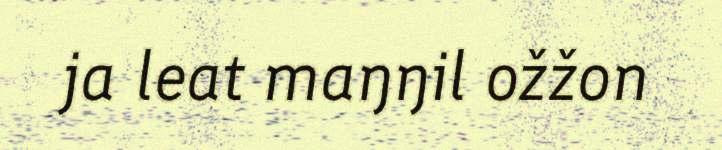
ja leat maŋŋil ožžon